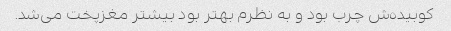
کوبیده‌ش چرب بود و به نظرم بهتر بود بیشتر مغزپخت می‌شد.